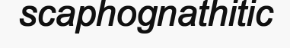
scaphognathitic